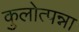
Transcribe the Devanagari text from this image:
कुलोत्पन्ना